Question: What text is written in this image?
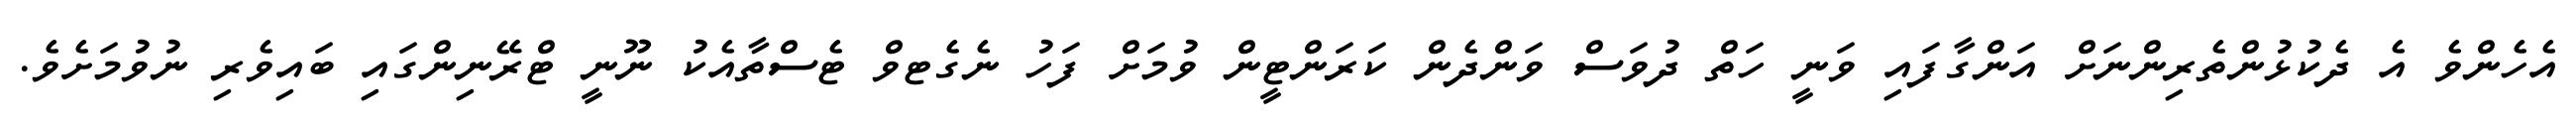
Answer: އެހެންވެ އެ ދެކުޅުންތެރިންނަށް އަންގާފައި ވަނީ ހަތް ދުވަސް ވަންދެން ކަރަންޓީން ވުމަށް ފަހު ނެގެޓވް ޓެސްތާއެކު ނޫނީ ޓްރޭނިންގައި ބައިވެރި ނުވުމަށެވެ.